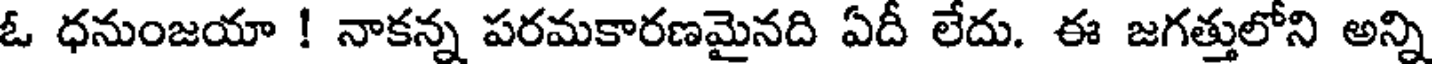
ఓ ధనుంజయా ! నాకన్న పరమకారణమైనది ఏదీ లేదు. ఈ జగత్తులోని అన్ని